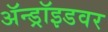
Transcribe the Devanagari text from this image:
ॲन्ड्रॉइडवर